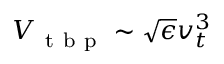
V _ { \mathrm { ~ t ~ b ~ p ~ } } \sim \sqrt { \epsilon } v _ { t } ^ { 3 }